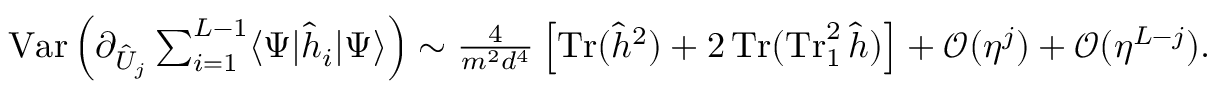
\textstyle \operatorname { V a r } \Big ( \partial _ { \hat { U } _ { j } } \sum _ { i = 1 } ^ { L - 1 } \langle \Psi | \hat { h } _ { i } | \Psi \rangle \Big ) \sim \frac { 4 } { m ^ { 2 } d ^ { 4 } } \left[ \operatorname { T r } ( \hat { h } ^ { 2 } ) + 2 \operatorname { T r } ( \operatorname { T r } _ { 1 } ^ { 2 } \hat { h } ) \right] + \mathcal { O } ( \eta ^ { j } ) + \mathcal { O } ( \eta ^ { L - j } ) .